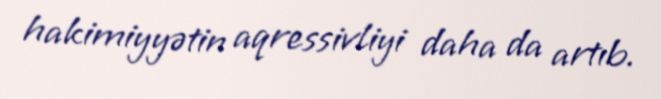
hakimiyyətin aqressivliyi daha da artıb.